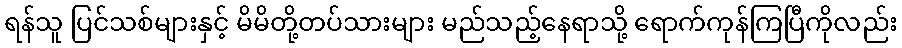
ရန်သူ ပြင်သစ်များနှင့် မိမိတို့တပ်သားများ မည်သည့်နေရာသို့ ရောက်ကုန်ကြပြီကိုလည်း